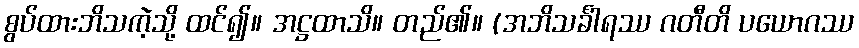
စွပ်ထားဘိသကဲ့သို့ ထင်၍။ အဋ္ဌထာသိ။ တည်၏။ (အဘိသင်္ခါရဿ ဂတီတိ ပယောဂဿ